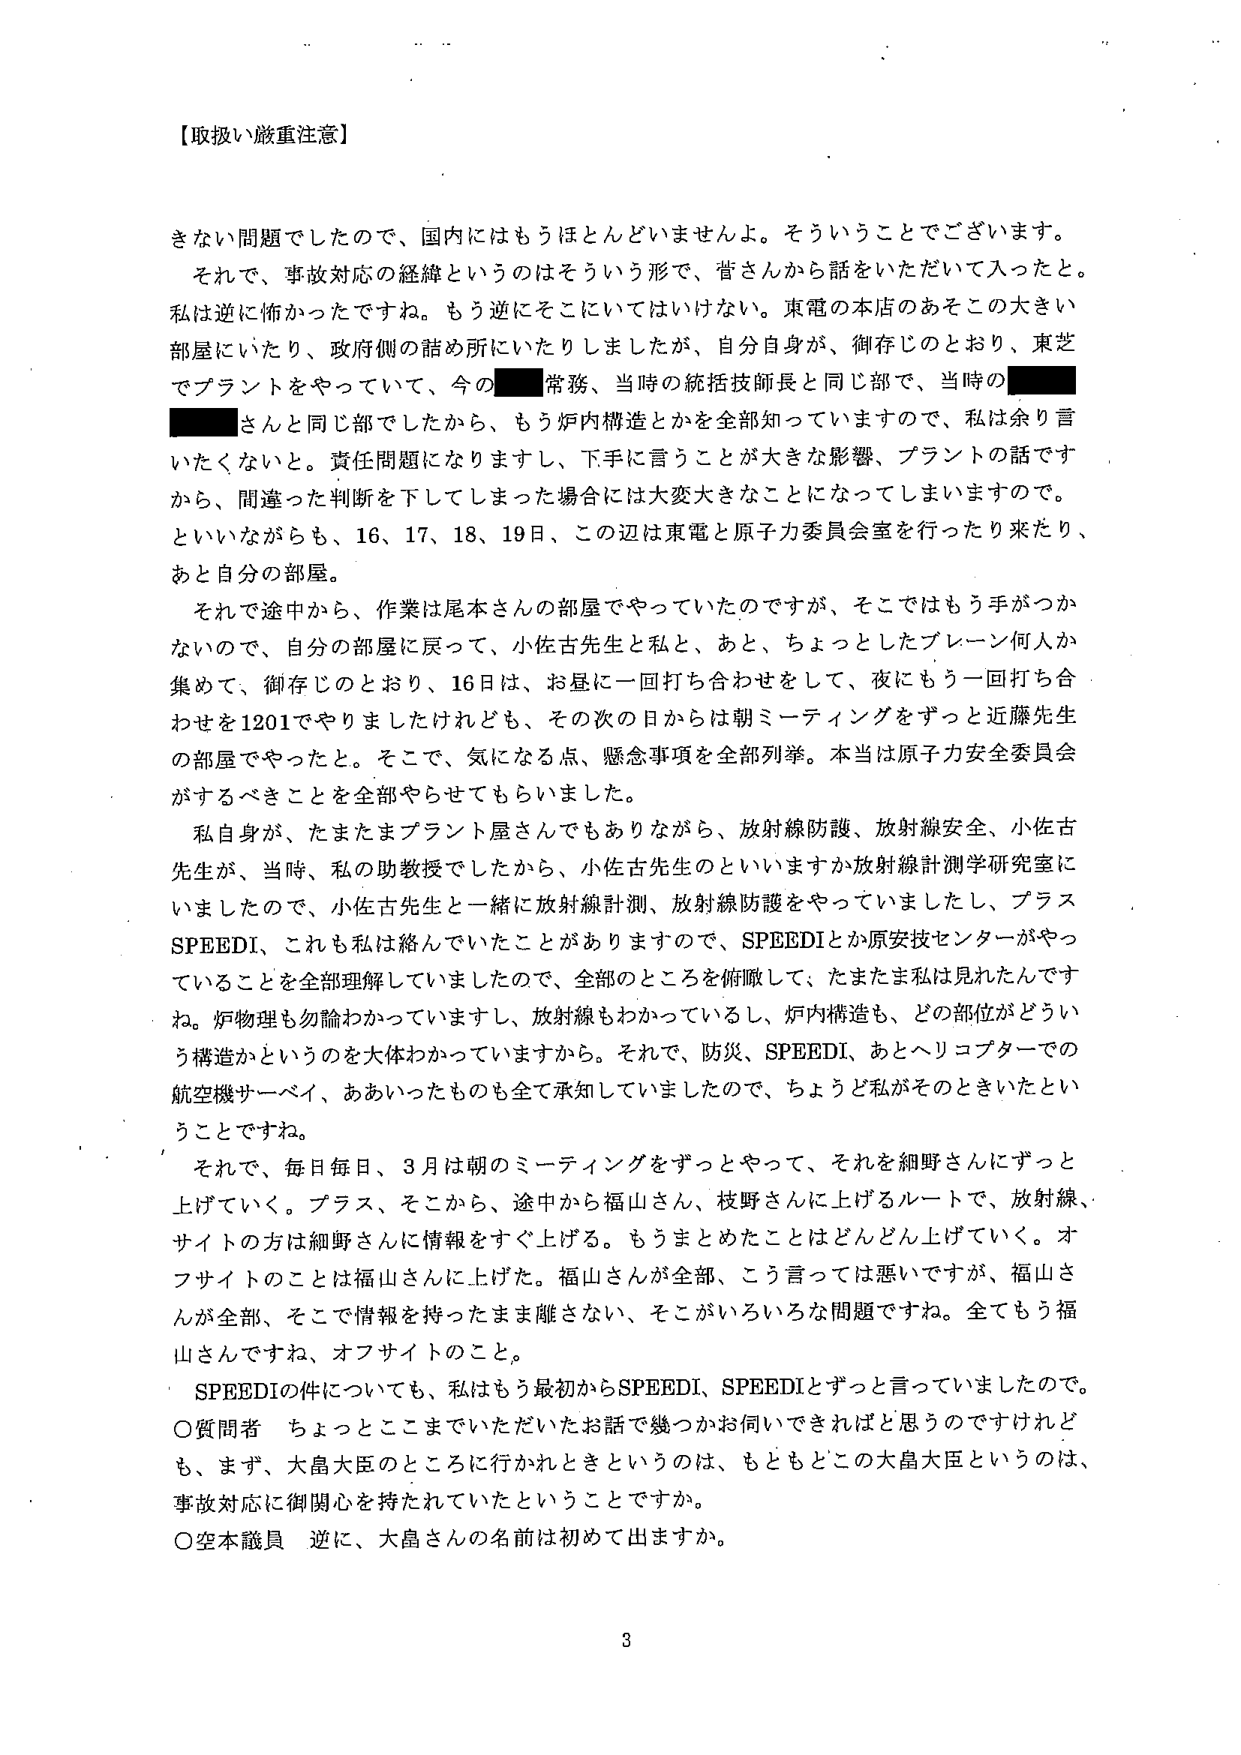
【取扱い厳重注意】

きない問題でしたので、国内にはもうほとんどいませんよ。そういうことでございます。
それで、事故対応の経緯というのはそういう形で、皆さんから話をいただいて入ったと。
私は逆に怖かったですね。もう逆にそこにいてはいけない。東電の本店のあそこの大きい
部屋にいたり、政府側の詰め所にいたりしましたが、自分自身が、御存じのとおり、東芝
でプラントをやっていて、今の■常務、当時の統括技師長と同じ部で、当時の■
■さんと同じ部でしたから、もう炉内構造とかを全部知っていますので、私は余り言
いたくない。責任問題になりますし、下手に言うことが大きな影響、プラントの話です
から、間違った判断を下してしまった場合には大変大きなことになってしまいますので。
といいながらも、16、17、18、19日、この辺は東電と原子力委員会室を行ったり来たり、
あと自分の部屋。
それで途中から、作業は尾本さんの部屋でやっていたのですが、そこではもう手がつか
ないので、自分の部屋に戻って、小佐古先生と私と、あと、ちょっとしたブレーン何人か
集めて、御存じのとおり、16日は、お昼に一回打ち合わせをして、夜にもう一回打ち合
わせを1201でやりましたけれども、その次の日からは朝ミーティングをずっと近藤先生
の部屋でやったと。そこで、気になる点、懸念事項を全部列挙。本当は原子力安全委員会
がするべきことを全部やらせてもらいました。
私自身が、たまたまプラント屋さんでもありながら、放射線防護、放射線安全、小佐古
先生が、当時、私の助教授でしたから、小佐古先生のといいますか放射線計測学研究室に
いましたので、小佐古先生と一緒に放射線計測、放射線防護をやっていましたし、プラス
SPEEDI、これも私は絡んでいたことがありますので、SPEEDIとか原安技センターがやっ
ていることを全部理解していましたので、全部のところを俯瞰して、たまたま私は見れたんです
ね。炉物理も勿論わかっていますし、放射線もわかっているし、炉内構造も、どの部位がどうい
う構造かというのを大体わかっていますから。それで、防災、SPEEDI、あとヘリコプターでの
航空機サーベイ、ああいったものも全て承知していましたので、ちょうど私がそのときいたとい
うことですね。
それで、毎日毎日、3月は朝のミーティングをずっとやって、それを細野さんにずっと
上げていく。プラス、そこから、途中から福山さん、枝野さんに上げるルートで、放射線、
サイトの方は細野さんに情報をすぐ上げる。もうまとめたことはどんどん上げていく。オ
フサイトのことは福山さんに上げた。福山さんが全部、こう言っては悪いですが、福山さ
んが全部、そこで情報を持ったまま離さない、そこがいろいろな問題ですね。全てもう福
山さんですねね、オフサイトのこと。
SPEEDIの件についても、私はもう最初からSPEEDI、SPEEDIとずっと言っていましたので。
〇質問者　ちょっとここまでいただいたお話で幾つかお伺いできればと思うのですけれど
も、まず、大畠大臣のところに行かれときというのは、もともとこの大畠大臣というのは、
事故対応に御関心を持たれていたということですか。
〇空本議員　逆に、大畠さんの名前は初めて出ますか。

3